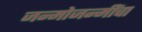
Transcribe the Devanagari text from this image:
जन्मोजन्मींचा